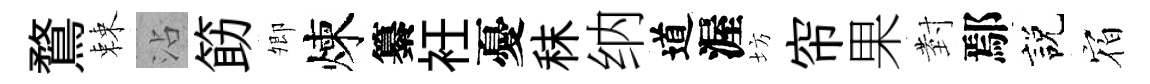
鶩棘沾筯𡖖煉纂衽憂秣纳道渥坊帘果𭔹鄢説𪧐